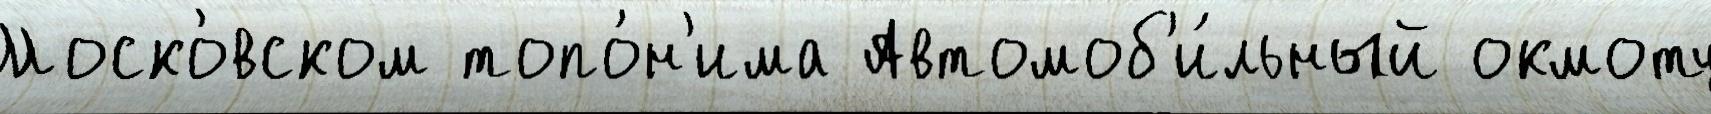
Моско́вском топо́н'има Автомоб'и́льный окмоту